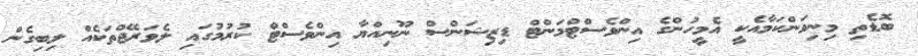
ބޮޑެތި މިނިވަންކަމާއެކީ އެމީހުންގެ އިންވެސްޓްމަންޓް ޑިޒިޝަންސް ނޫނިއްޔާ އިންވެސްޓް ކުރުމުގައި ލެވަރޭޖްތަކެއް ލިބިގެން